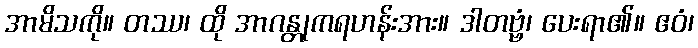
အာမိသကို။ တဿ၊ ထို အာဂန္တုကရဟန်းအား။ ဒါတဗ္ဗံ၊ ပေးရာ၏။ ဧဝံ၊